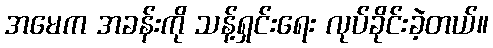
အမေက အခန်းကို သန့်ရှင်းရေး လုပ်ခိုင်းခဲ့တယ်။